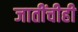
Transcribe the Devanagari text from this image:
जातींचीही